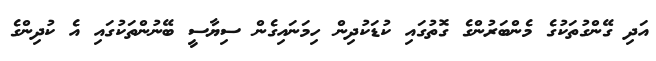
އަދި ގޭންގުތަކުގެ މެންބަރުންގެ ގޮތުގައި ކުޑަކުދިން ހިމަނައިގެން ސިޔާސީ ބޭނުންތަކުގައި އެ ކުދިންގެ